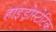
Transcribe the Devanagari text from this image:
हाइड्रोस्टेटिक